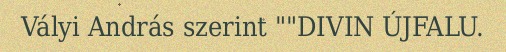
Vályi András szerint ""DIVIN ÚJFALU.